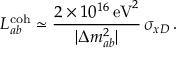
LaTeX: L _ { a b } ^ { \mathrm { c o h } } \simeq \frac { 2 \times 1 0 ^ { 1 6 } \, \mathrm { e V } ^ { 2 } } { | \Delta { m } _ { a b } ^ { 2 } | } \, \sigma _ { x D } \, .